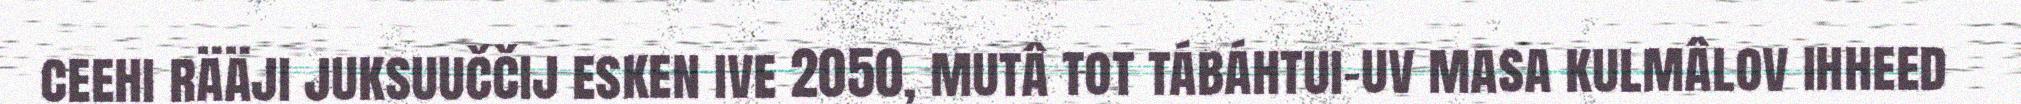
ceehi rääji juksuuččij esken ive 2050, mutâ tot tábáhtui-uv masa kulmâlov ihheed